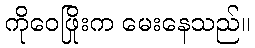
ကိုဝေဖြိုးက မေးနေသည်။